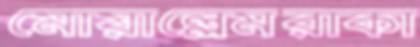
মোয়াল্লেমরাকা